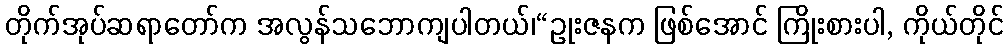
တိုက်အုပ်ဆရာတော်က အလွန်သဘောကျပါတယ်၊“ဥုးဇနက ဖြစ်အောင် ကြိုးစားပါ, ကိုယ်တိုင်